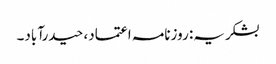
بشکریہ: روزنامہ اعتماد، حیدرآباد۔